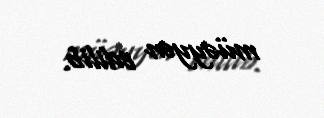
müəyyən edilib.